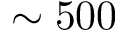
\sim 5 0 0